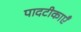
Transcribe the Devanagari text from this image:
पादटीकाएँ